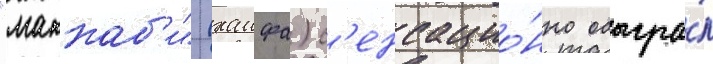
"маккаб'и" (хаифа) с'енсацио́нно обыгра́л